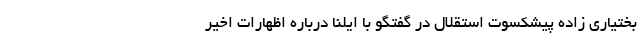
بختیاری زاده پیشکسوت استقلال در گفتگو با ایلنا درباره اظهارات اخیر